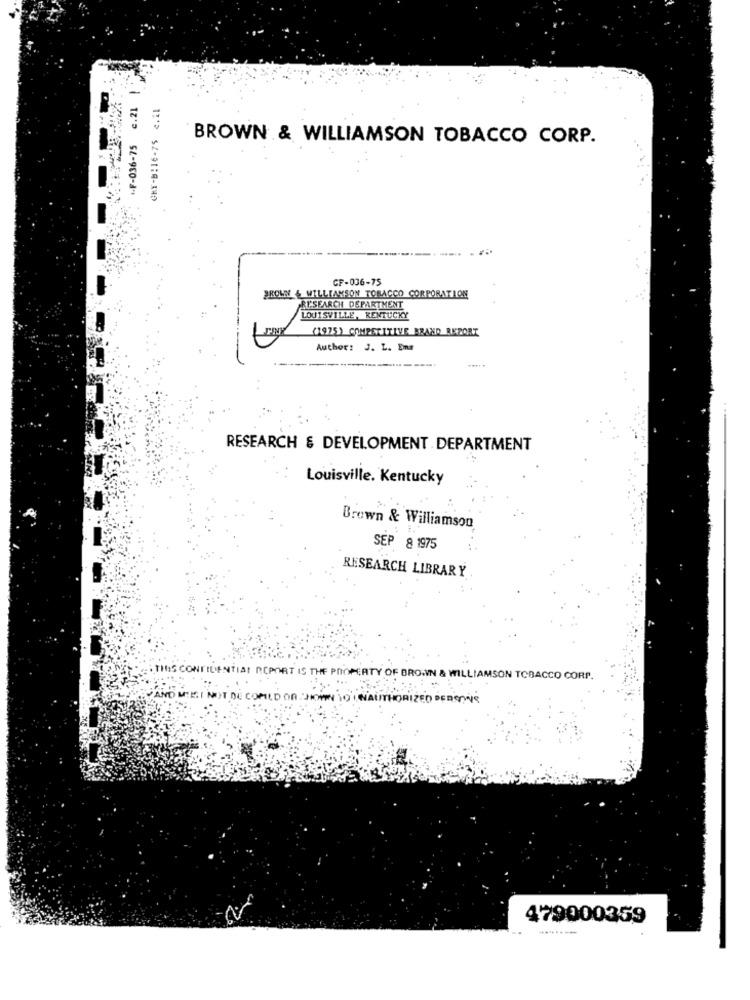
+F-036-75 2.21
GKY-B:16-75 ¢.21
BROWN & WILLIAMSON TOBACCO CORP.
CF-036-75
BROWN & WILLIAMSON TOBACCO CORPORATION
RESEARCH DEPARTMENT
LOUISVILLE, KENTUCKY
FINY
(1975) COMPETITIVE BRAND REPORT
Author: J. L. Ens
RESEARCH & DEVELOPMENT DEPARTMENT
Louisville. Kentucky
Brown & Williamson
SEP 8 1975
RESEARCH LIBRARY
TINIS CONFIDENTIAL ROPORT IS THE PROPERTY OF BROWN & WILLIAMSON TOBACCO CORP.
YAND MISI NOT DE COMEDOR
UNAUTHORIZED PERSONS
479000359